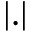
| . |